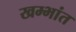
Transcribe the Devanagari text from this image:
खम्भांत